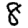
Digit: 8